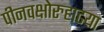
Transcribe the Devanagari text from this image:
पीनवक्षोरुहाढया